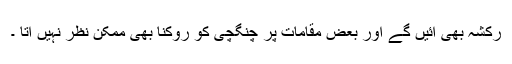
رکشہ بھی آئیں گے اور بعض مقامات پر چنگچی کو روکنا بھی ممکن نظر نہیں آتا ۔